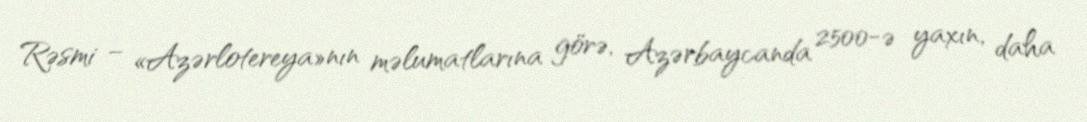
Rəsmi – «Azərlotereya»nın məlumatlarına görə, Azərbaycanda 2500-ə yaxın, daha